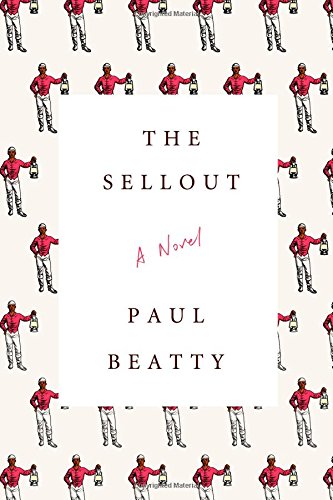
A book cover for The Sellout: A Novel; Paul Beatty; Literature & Fiction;